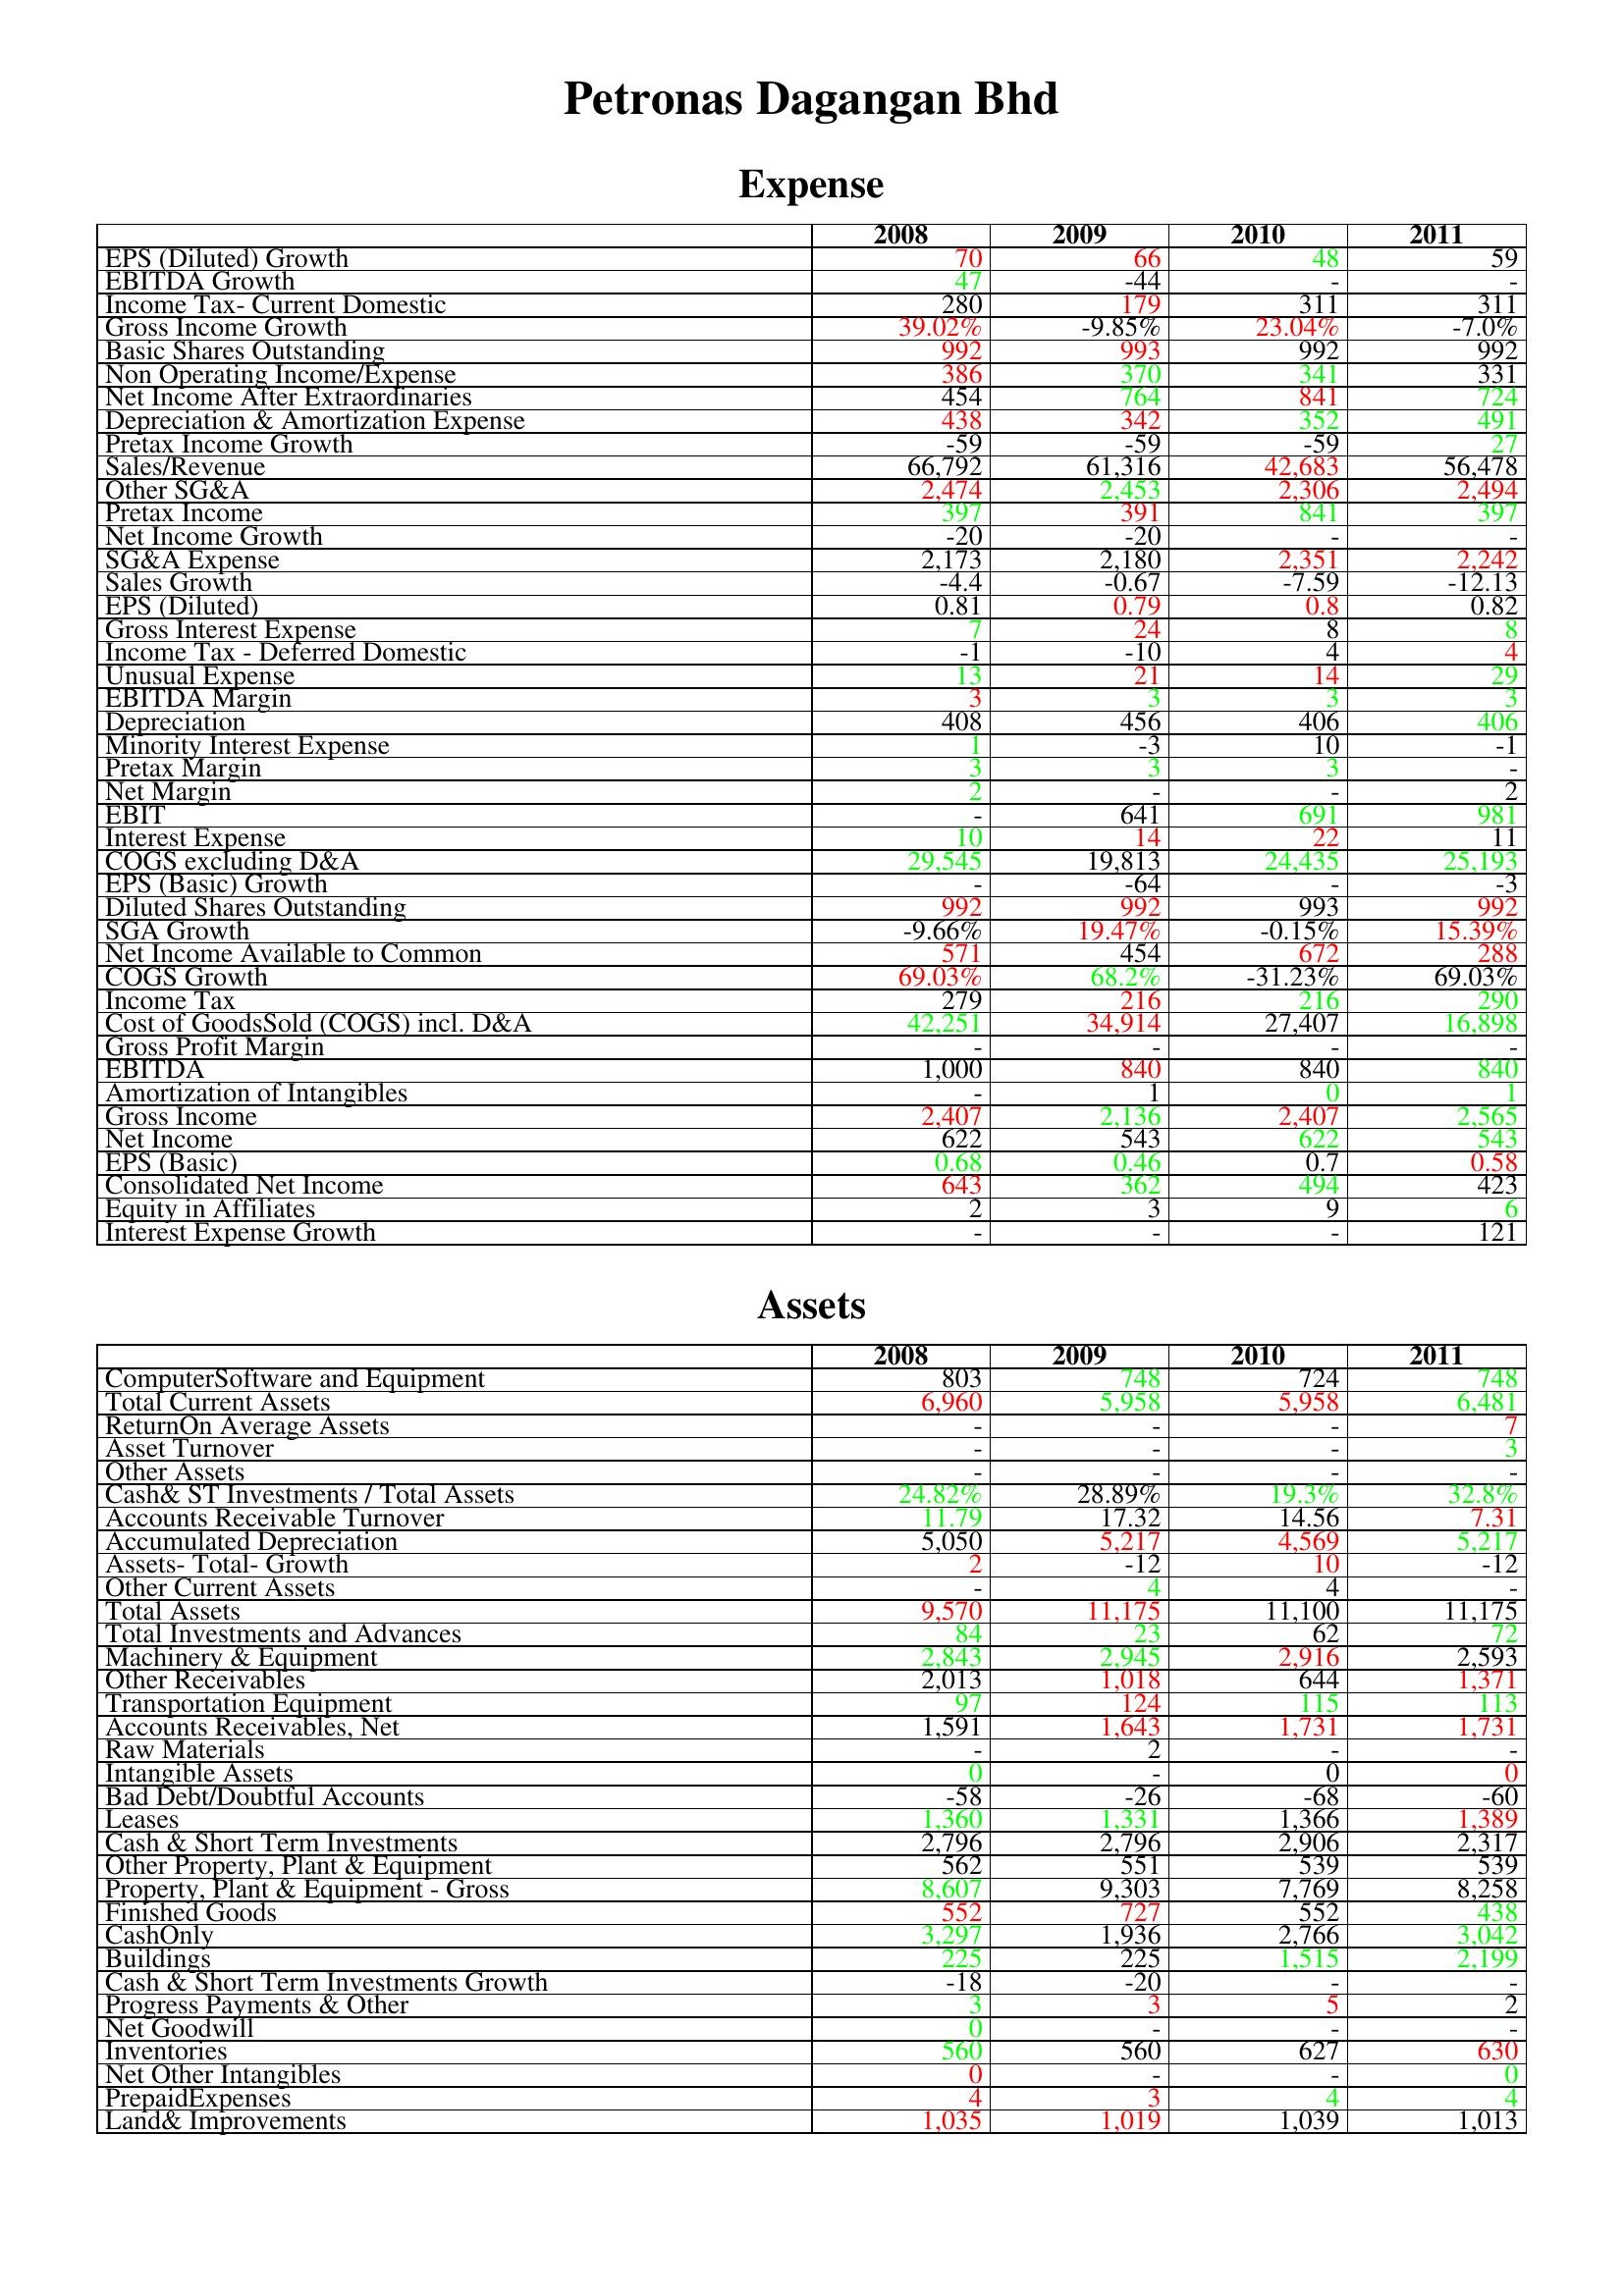
gt_parse: 2008: Expense: EPS (Diluted) Growth: 70
EBITDA Growth: 47
Income Tax- Current Domestic: 280
Gross Income Growth: 39.02%
Basic Shares Outstanding: 992
Non Operating Income/Expense: 386
Net Income After Extraordinaries: 454
Depreciation & Amortization Expense: 438
Pretax Income Growth: -59
Sales/Revenue: 66,792
Other SG&A: 2,474
Pretax Income: 397
Net Income Growth: -20
SG&A Expense: 2,173
Sales Growth: -4.4
EPS (Diluted): 0.81
Gross Interest Expense: 7
Income Tax - Deferred Domestic: -1
Unusual Expense: 13
EBITDA Margin: 3
Depreciation: 408
Minority Interest Expense: 1
Pretax Margin: 3
Net Margin: 2
EBIT: -
Interest Expense: 10
COGS excluding D&A: 29,545
EPS (Basic) Growth: -
Diluted Shares Outstanding: 992
SGA Growth: -9.66%
Net Income Available to Common: 571
COGS Growth: 69.03%
Income Tax: 279
Cost of GoodsSold (COGS) incl. D&A: 42,251
Gross Profit Margin: -
EBITDA: 1,000
Amortization of Intangibles: -
Gross Income: 2,407
Net Income: 622
EPS (Basic): 0.68
Consolidated Net Income: 643
Equity in Affiliates: 2
Interest Expense Growth: -
Assets: ComputerSoftware and Equipment: 803
Total Current Assets: 6,960
ReturnOn Average Assets: -
Asset Turnover: -
Other Assets: -
Cash& ST Investments / Total Assets: 24.82%
Accounts Receivable Turnover: 11.79
Accumulated Depreciation: 5,050
Assets- Total- Growth: 2
Other Current Assets: -
Total Assets: 9,570
Total Investments and Advances: 84
Machinery & Equipment: 2,843
Other Receivables: 2,013
Transportation Equipment: 97
Accounts Receivables, Net: 1,591
Raw Materials: -
Intangible Assets: 0
Bad Debt/Doubtful Accounts: -58
Leases: 1,360
Cash & Short Term Investments: 2,796
Other Property, Plant & Equipment: 562
Property, Plant & Equipment - Gross : 8,607
Finished Goods: 552
CashOnly: 3,297
Buildings: 225
Cash & Short Term Investments Growth: -18
Progress Payments & Other: 3
Net Goodwill: 0
Inventories: 560
Net Other Intangibles: 0
PrepaidExpenses: 4
Land& Improvements: 1,035
2009: Expense: EPS (Diluted) Growth: 66
EBITDA Growth: -44
Income Tax- Current Domestic: 179
Gross Income Growth: -9.85%
Basic Shares Outstanding: 993
Non Operating Income/Expense: 370
Net Income After Extraordinaries: 764
Depreciation & Amortization Expense: 342
Pretax Income Growth: -59
Sales/Revenue: 61,316
Other SG&A: 2,453
Pretax Income: 391
Net Income Growth: -20
SG&A Expense: 2,180
Sales Growth: -0.67
EPS (Diluted): 0.79
Gross Interest Expense: 24
Income Tax - Deferred Domestic: -10
Unusual Expense: 21
EBITDA Margin: 3
Depreciation: 456
Minority Interest Expense: -3
Pretax Margin: 3
Net Margin: -
EBIT: 641
Interest Expense: 14
COGS excluding D&A: 19,813
EPS (Basic) Growth: -64
Diluted Shares Outstanding: 992
SGA Growth: 19.47%
Net Income Available to Common: 454
COGS Growth: 68.2%
Income Tax: 216
Cost of GoodsSold (COGS) incl. D&A: 34,914
Gross Profit Margin: -
EBITDA: 840
Amortization of Intangibles: 1
Gross Income: 2,136
Net Income: 543
EPS (Basic): 0.46
Consolidated Net Income: 362
Equity in Affiliates: 3
Interest Expense Growth: -
Assets: ComputerSoftware and Equipment: 748
Total Current Assets: 5,958
ReturnOn Average Assets: -
Asset Turnover: -
Other Assets: -
Cash& ST Investments / Total Assets: 28.89%
Accounts Receivable Turnover: 17.32
Accumulated Depreciation: 5,217
Assets- Total- Growth: -12
Other Current Assets: 4
Total Assets: 11,175
Total Investments and Advances: 23
Machinery & Equipment: 2,945
Other Receivables: 1,018
Transportation Equipment: 124
Accounts Receivables, Net: 1,643
Raw Materials: 2
Intangible Assets: -
Bad Debt/Doubtful Accounts: -26
Leases: 1,331
Cash & Short Term Investments: 2,796
Other Property, Plant & Equipment: 551
Property, Plant & Equipment - Gross : 9,303
Finished Goods: 727
CashOnly: 1,936
Buildings: 225
Cash & Short Term Investments Growth: -20
Progress Payments & Other: 3
Net Goodwill: -
Inventories: 560
Net Other Intangibles: -
PrepaidExpenses: 3
Land& Improvements: 1,019
2010: Expense: EPS (Diluted) Growth: 48
EBITDA Growth: -
Income Tax- Current Domestic: 311
Gross Income Growth: 23.04%
Basic Shares Outstanding: 992
Non Operating Income/Expense: 341
Net Income After Extraordinaries: 841
Depreciation & Amortization Expense: 352
Pretax Income Growth: -59
Sales/Revenue: 42,683
Other SG&A: 2,306
Pretax Income: 841
Net Income Growth: -
SG&A Expense: 2,351
Sales Growth: -7.59
EPS (Diluted): 0.8
Gross Interest Expense: 8
Income Tax - Deferred Domestic: 4
Unusual Expense: 14
EBITDA Margin: 3
Depreciation: 406
Minority Interest Expense: 10
Pretax Margin: 3
Net Margin: -
EBIT: 691
Interest Expense: 22
COGS excluding D&A: 24,435
EPS (Basic) Growth: -
Diluted Shares Outstanding: 993
SGA Growth: -0.15%
Net Income Available to Common: 672
COGS Growth: -31.23%
Income Tax: 216
Cost of GoodsSold (COGS) incl. D&A: 27,407
Gross Profit Margin: -
EBITDA: 840
Amortization of Intangibles: 0
Gross Income: 2,407
Net Income: 622
EPS (Basic): 0.7
Consolidated Net Income: 494
Equity in Affiliates: 9
Interest Expense Growth: -
Assets: ComputerSoftware and Equipment: 724
Total Current Assets: 5,958
ReturnOn Average Assets: -
Asset Turnover: -
Other Assets: -
Cash& ST Investments / Total Assets: 19.3%
Accounts Receivable Turnover: 14.56
Accumulated Depreciation: 4,569
Assets- Total- Growth: 10
Other Current Assets: 4
Total Assets: 11,100
Total Investments and Advances: 62
Machinery & Equipment: 2,916
Other Receivables: 644
Transportation Equipment: 115
Accounts Receivables, Net: 1,731
Raw Materials: -
Intangible Assets: 0
Bad Debt/Doubtful Accounts: -68
Leases: 1,366
Cash & Short Term Investments: 2,906
Other Property, Plant & Equipment: 539
Property, Plant & Equipment - Gross : 7,769
Finished Goods: 552
CashOnly: 2,766
Buildings: 1,515
Cash & Short Term Investments Growth: -
Progress Payments & Other: 5
Net Goodwill: -
Inventories: 627
Net Other Intangibles: -
PrepaidExpenses: 4
Land& Improvements: 1,039
2011: Expense: EPS (Diluted) Growth: 59
EBITDA Growth: -
Income Tax- Current Domestic: 311
Gross Income Growth: -7.0%
Basic Shares Outstanding: 992
Non Operating Income/Expense: 331
Net Income After Extraordinaries: 724
Depreciation & Amortization Expense: 491
Pretax Income Growth: 27
Sales/Revenue: 56,478
Other SG&A: 2,494
Pretax Income: 397
Net Income Growth: -
SG&A Expense: 2,242
Sales Growth: -12.13
EPS (Diluted): 0.82
Gross Interest Expense: 8
Income Tax - Deferred Domestic: 4
Unusual Expense: 29
EBITDA Margin: 3
Depreciation: 406
Minority Interest Expense: -1
Pretax Margin: -
Net Margin: 2
EBIT: 981
Interest Expense: 11
COGS excluding D&A: 25,193
EPS (Basic) Growth: -3
Diluted Shares Outstanding: 992
SGA Growth: 15.39%
Net Income Available to Common: 288
COGS Growth: 69.03%
Income Tax: 290
Cost of GoodsSold (COGS) incl. D&A: 16,898
Gross Profit Margin: -
EBITDA: 840
Amortization of Intangibles: 1
Gross Income: 2,565
Net Income: 543
EPS (Basic): 0.58
Consolidated Net Income: 423
Equity in Affiliates: 6
Interest Expense Growth: 121
Assets: ComputerSoftware and Equipment: 748
Total Current Assets: 6,481
ReturnOn Average Assets: 7
Asset Turnover: 3
Other Assets: -
Cash& ST Investments / Total Assets: 32.8%
Accounts Receivable Turnover: 7.31
Accumulated Depreciation: 5,217
Assets- Total- Growth: -12
Other Current Assets: -
Total Assets: 11,175
Total Investments and Advances: 72
Machinery & Equipment: 2,593
Other Receivables: 1,371
Transportation Equipment: 113
Accounts Receivables, Net: 1,731
Raw Materials: -
Intangible Assets: 0
Bad Debt/Doubtful Accounts: -60
Leases: 1,389
Cash & Short Term Investments: 2,317
Other Property, Plant & Equipment: 539
Property, Plant & Equipment - Gross : 8,258
Finished Goods: 438
CashOnly: 3,042
Buildings: 2,199
Cash & Short Term Investments Growth: -
Progress Payments & Other: 2
Net Goodwill: -
Inventories: 630
Net Other Intangibles: 0
PrepaidExpenses: 4
Land& Improvements: 1,013